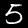
Digit: 5